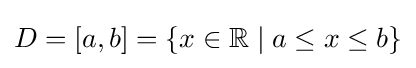
D=[a,b]=\{x\in \mathbb {R} \mid a\leq x\leq b\}